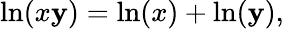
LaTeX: \ln(x\mathbf{y})=\ln(x)+\ln(\mathbf{y}),